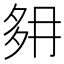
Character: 𡖔